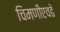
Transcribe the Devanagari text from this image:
चिमणीएवढे